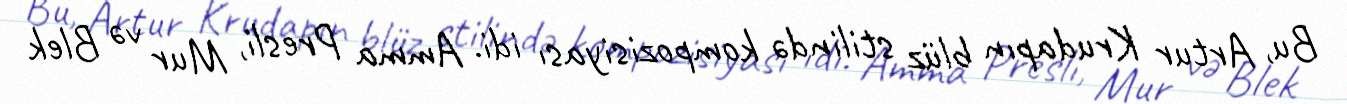
Bu, Artur Krudapın blüz stilində kompozisiyası idi. Amma Presli, Mur və Blek